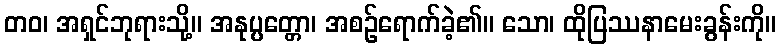
တဝ၊ အရှင်ဘုရားသို့။ အနုပ္ပတ္တော၊ အစဉ်ရောက်ခဲ့၏။ သော၊ ထိုပြဿနာမေးခွန်းကို။